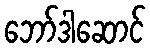
ဘော်ဒါဆောင်